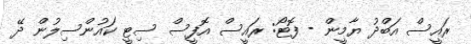
ރައީސް އަބްދު ޔާމީން - ފޮޓޯ: ރައީސް އޮފީސް ސިޓީ ކައުންސިލުން ދޭ